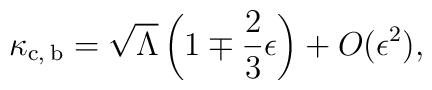
\kappa_{\rm c,\:b} = \sqrt{\Lambda}    \left(1 \mp \frac{2}{3}\epsilon \right) + O( \epsilon^2),